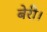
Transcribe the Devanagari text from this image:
बेरी।